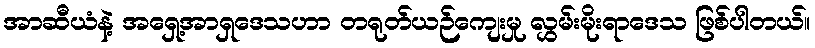
အာဆီယံနဲ့ အရှေ့အာရှဒေသဟာ တရုတ်ယဉ်ကျေးမှု လွှမ်းမိုးရာဒေသ ဖြစ်ပါတယ်။